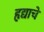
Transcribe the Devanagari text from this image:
हृद्याचे